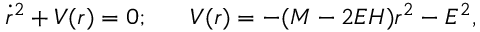
\dot { r } ^ { 2 } + V ( r ) = 0 ; \; \; \; \; \; \; V ( r ) = - ( M - 2 E H ) r ^ { 2 } - E ^ { 2 } ,